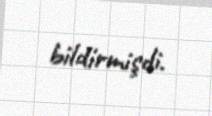
bildirmişdi.